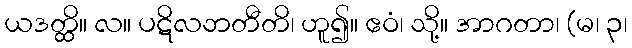
ယဒတ္ထိ။ လ။ ပဋိလဘတီတိ၊ ဟူ၍။ ဧဝံ၊ သို့။ အာဂတာ၊ (မ၊ ၃၊